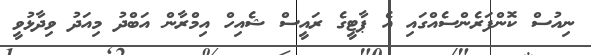
ނިއުސް ކޮންފަރެންސެއްގައި އެ ޕާޓީގެ ރައީސް ޝެއިހް އިމްރާން އަބްދު މިއަދު ވިދާޅުވީ